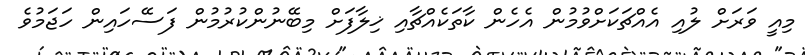
މިއީ ވަރަށް ލުއި އެއްޗަކަށްވުމުން އެހެން ކާތަކެއްޗާއި ޚިލާފަށް މިބޭނުންކުރުމުން ފަސޭހައިން ހަޖަމުވެ